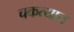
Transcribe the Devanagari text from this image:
चकत्यात